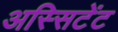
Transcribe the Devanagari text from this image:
अस्सिटेंट